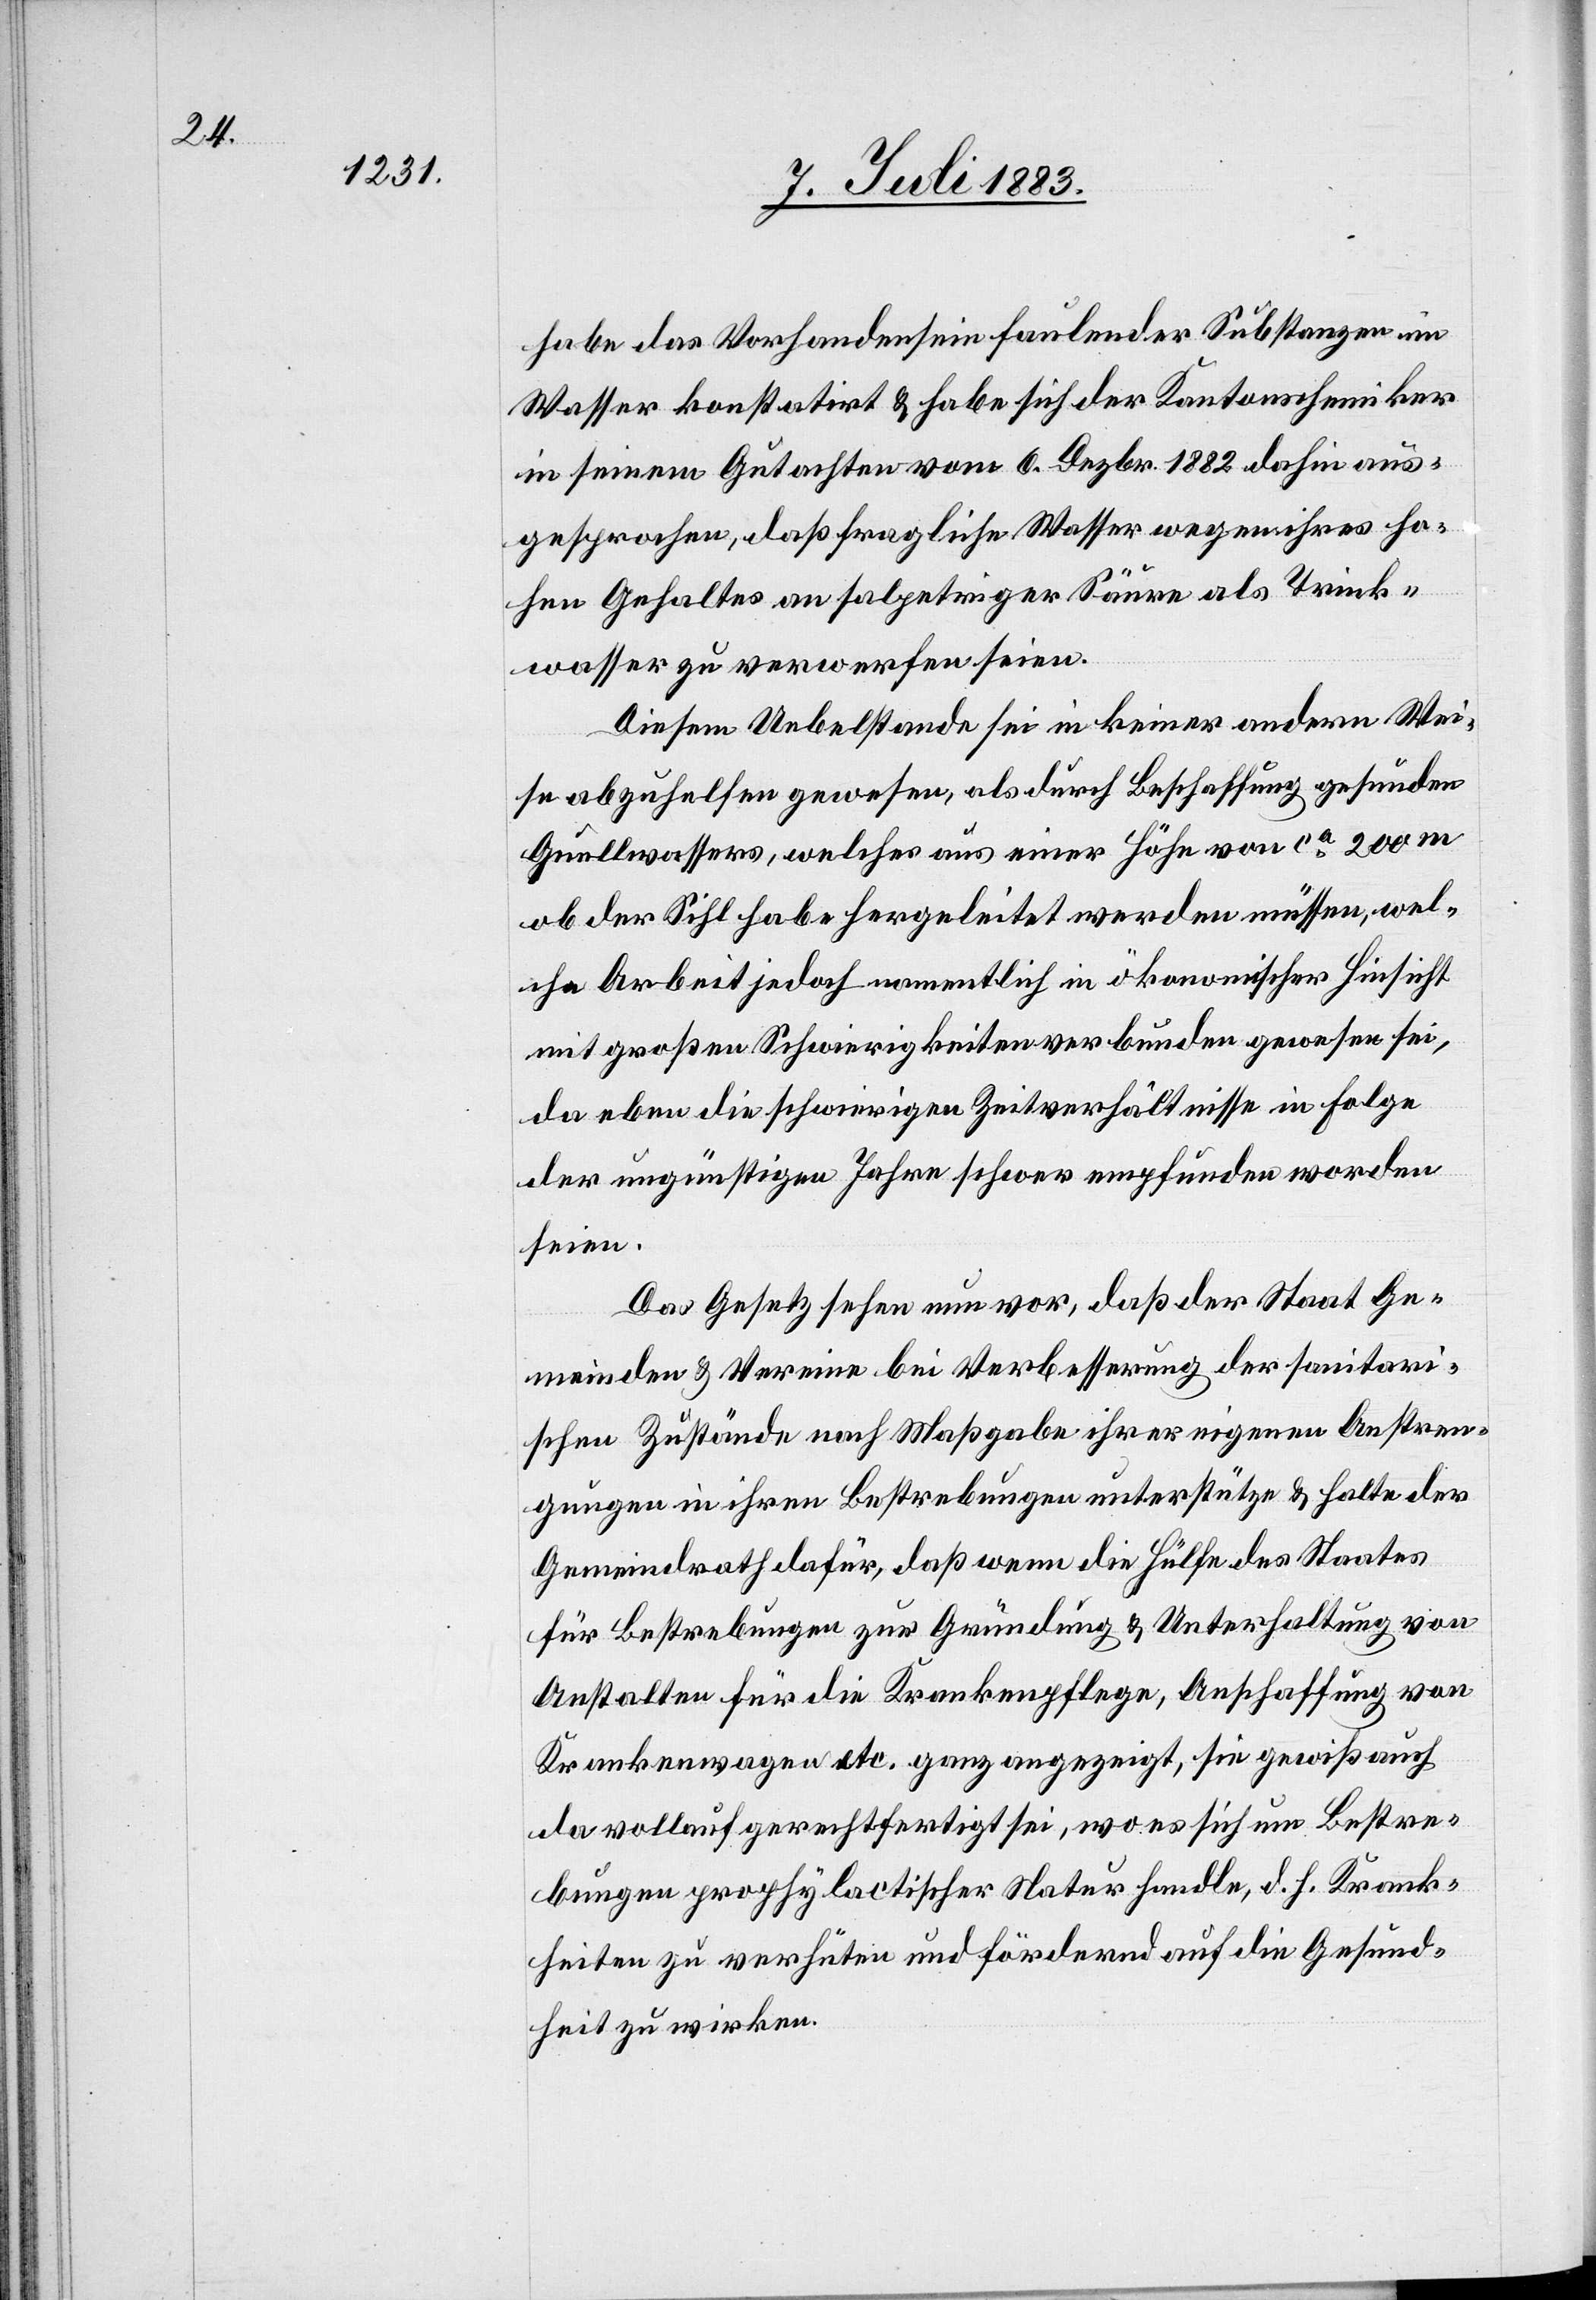
habe das Vorhandensein faulender Substanzen im
Wasser konstatirt & habe sich der Kantonschemiker
in seinem Gutachten vom 6. Dezbr. 1882 dahin aus¬
gesprochen, daß fragliche Wasser wegen ihres ho¬
hen Gehaltes an salpetriger Säure als Trink¬
wasser zu verwerfen seien.
Diesem Uebelstande sei in keiner andern Wei¬
se abzuhelfen gewesen, als durch Beschaffung gesunden
Quellwassers, welches aus einer Höhe von ca 200 m
ob der Sihl habe hergeleitet werden müssen, wel¬
che Arbeit jedoch namentlich in ökonomischer Hinsicht
mit großen Schwierigkeiten verbunden gewesen sei,
da eben die schwierigen Zeitverhältnisse in Folge
der ungünstigen Jahre schwer empfunden worden
seien.
Das Gesetz sehe nun vor, daß der Staat Ge¬
meinden & Vereine bei Verbesserung der sanitari¬
schen Zustände nach Maßgabe ihrer eigenen Anstren¬
gungen in ihren Bestrebungen unterstütze & halte der
Gemeindrath dafür, daß wenn die Hülfe des Staates
für Bestrebungen zur Gründunge & Unterhaltung von
Anstalten für die Krankenpflege, Anschaffung von
Krankenwagen etc. ganz angezeigt, sie gewiß auch
da vollauf gerechtfertigt sei, wo es sich um Bestre¬
bungen prophylactischer Natur handle, d. h. Krank¬
heiten zu verhüten und fördernd auf die Gesund¬
heit zu wirken.